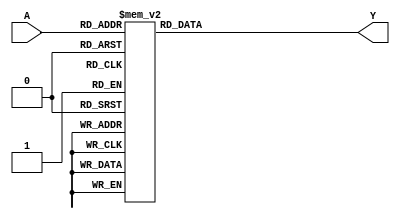
module prime_implicant_logic (
    input wire [3:0] A, // 4-bit input (can be adjusted for more inputs)
    output reg Y        // Output
);

// Define the truth table for the Boolean function
always @(*) begin
    case (A)
        4'b0000: Y = 1'b0; // Minterm 0
        4'b0001: Y = 1'b1; // Minterm 1
        4'b0010: Y = 1'b1; // Minterm 2
        4'b0011: Y = 1'b1; // Minterm 3
        4'b0100: Y = 1'b0; // Minterm 4
        4'b0101: Y = 1'b1; // Minterm 5
        4'b0110: Y = 1'b0; // Minterm 6
        4'b0111: Y = 1'b1; // Minterm 7
        4'b1000: Y = 1'b0; // Minterm 8
        4'b1001: Y = 1'b1; // Minterm 9
        4'b1010: Y = 1'b0; // Minterm 10
        4'b1011: Y = 1'b1; // Minterm 11
        4'b1100: Y = 1'b1; // Minterm 12
        4'b1101: Y = 1'b0; // Minterm 13
        4'b1110: Y = 1'b1; // Minterm 14
        4'b1111: Y = 1'b0; // Minterm 15
        default: Y = 1'b0; // Default case
    endcase
end

endmodule